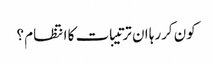
کون کررہا ان ترتیبات کا انتظام ؟